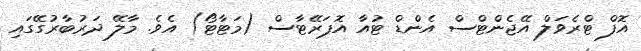
އޮފް ޓްރެވަލް އޭޖެންޓްސް އެންޑް ޓުއާ އޮޕަރޭޓާސް (މަޓާޓޯ) އެވެ. މާލޭ ދަރުބާރުގޭގައި